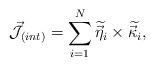
LaTeX: \begin{align*}{\cal \vec{J}}_{(int)}=\sum_{i=1}^{N}\widetilde{\vec{\eta}_{i}}\times\widetilde{\vec{\kappa}_{i}}, \end{align*}